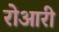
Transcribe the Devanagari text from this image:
रोआरी